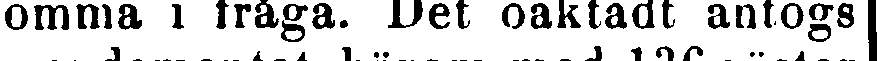
omma i fråga. Det oaktadt antogs